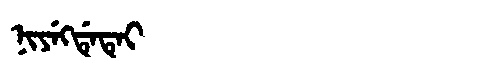
Manchu: ᠨᡳᠶᡝᡴᡩᡝᡨᡝᡳ
Romanization: NIYEKDETEI